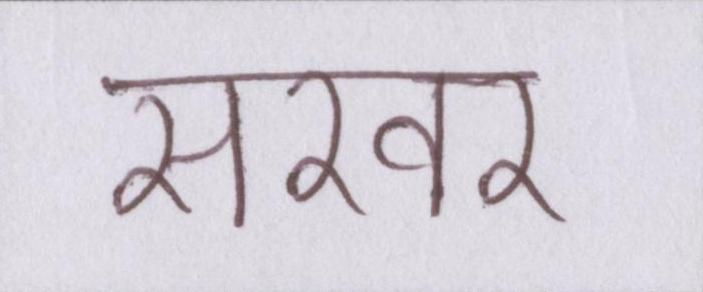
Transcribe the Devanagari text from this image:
सरवर